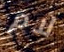
لام